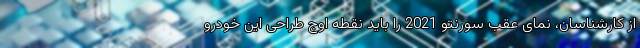
از کارشناسان، نمای عقب سورنتو 2021 را باید نقطه اوج طراحی این خودرو